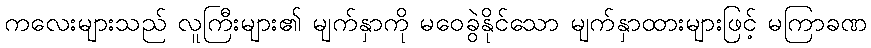
ကလေးများသည် လူကြီးများ၏ မျက်နှာကို မဝေခွဲနိုင်သော မျက်နှာထားများဖြင့် မကြာခဏ